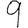
Digit: 9